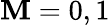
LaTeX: \mathbf{M}=0,1